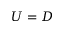
U = D